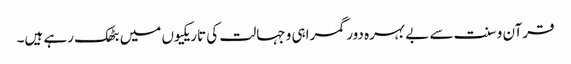
قرآن و سنت سے بے بہرہ دور گمراہی و جہالت کی تاریکیوں میں بٹھک رہے ہیں۔